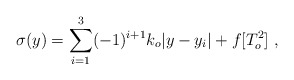
\begin{align*}\sigma (y) = \sum_{i=1}^3 (-1)^{i+1} k_o |y-y_i| + f[T_o^2]~,~\,\end{align*}